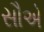
સૌએ